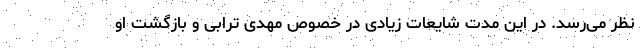
نظر می‌رسد. در این مدت شایعات زیادی در خصوص مهدی ترابی و بازگشت او